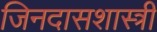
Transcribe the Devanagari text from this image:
जिनदासशास्त्री